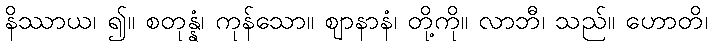
နိဿာယ၊ ၍။ စတုန္နံ၊ ကုန်သော။ ဈာနာနံ၊ တို့ကို။ လာဘီ၊ သည်။ ဟောတိ၊